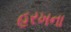
હરખના